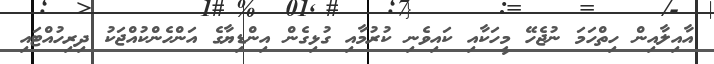
އާއިލާއިން ހިތްހަމަ ނުޖެހޭ މީހަކާއި ކައިވެނި ކުރުމާއި ގުޅިގެން އިންޑިޔާގެ އަންހެންކުއްޖަކު ދިރިހުއްޓައި